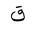
Letter: _qaf